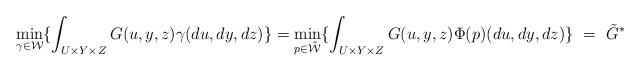
LaTeX: \begin{align*}\min_{\gamma\in\mathcal{W}}\{\int_{U\times Y\times Z}G(u,y,z)\gamma(du,dy,dz) \} = \min_{p\in\mathcal{\tilde{W}}}\{\int_{U\times Y\times Z}G(u,y,z)\Phi(p)(du,dy,dz) \} \ = \ \tilde{G}^*\end{align*}